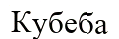
Кубеба